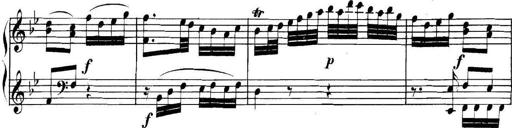
Title: Collected Piano Sonatas
Composer: Muzio Clementi